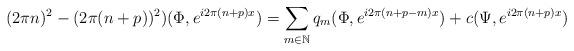
LaTeX: \begin{align*}(2\pi n)^{2}-(2\pi(n+p))^{2})(\Phi,e^{i2\pi(n+p)x})=\sum_{m\in\mathbb{N}}q_{m}(\Phi,e^{i2\pi(n+p-m)x})+c(\Psi,e^{i2\pi(n+p)x})\end{align*}